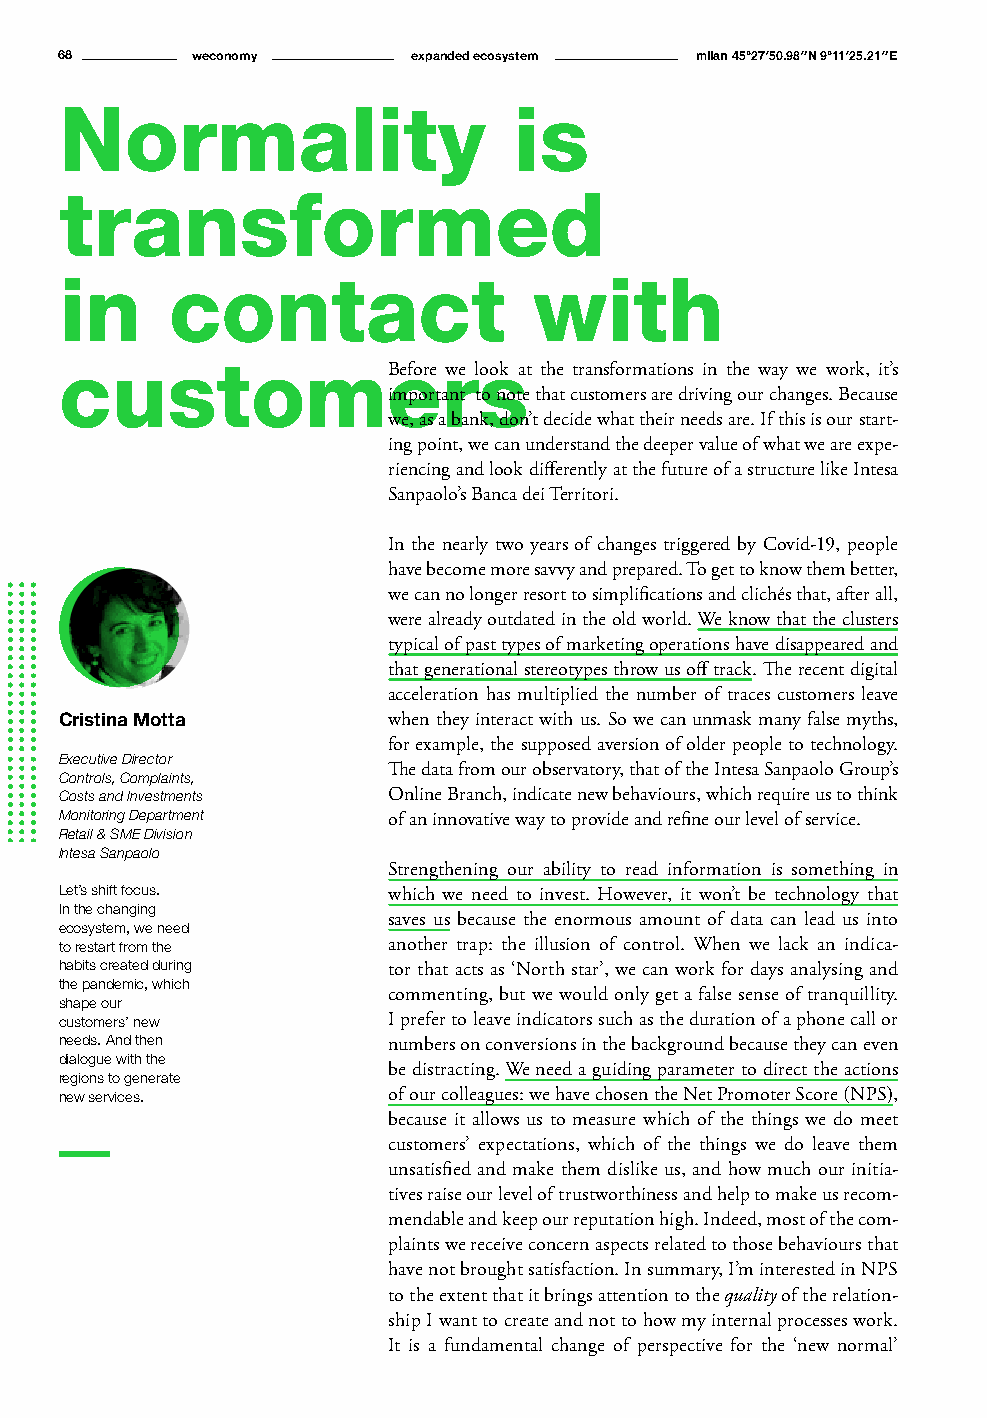
68       weconomy      expanded ecosystem milan 45°27′50.98″N 9°11′25.21″E
 Normality                     is
 transformed
 in     contact                 with
 customeBefore            rwe lsook at the transformations in the way we work, it’s
 important to note that customers are driving our changes. Because
 we, as a bank, don’t decide what their needs are. If this is our start-
 ing point, we can understand the deeper value of what we are expe-
 riencing and look differently at the future of a structure like Intesa
 Sanpaolo’s Banca dei Territori.
 In the nearly two years of changes triggered by Covid-19, people
 have become more savvy and prepared. To get to know them better,
 we can no longer resort to simplifications and clichés that, after all,
 were already outdated in the old world. We know that the clusters
 typical of past types of marketing operations have disappeared and
 that generational stereotypes throw us off track. The recent digital
 acceleration has multiplied the number of traces customers leave
 Cristina Motta        when they interact with us. So we can unmask many false myths,
 for example, the supposed aversion of older people to technology.
 Executive Director
 The data from our observatory, that of the Intesa Sanpaolo Group’s
 Controls, Complaints,
 Costs and Investments Online Branch, indicate new behaviours, which require us to think
 Monitoring Department of an innovative way to provide and refine our level of service.
 Retail & SME Division
 Intesa Sanpaolo
 Strengthening our ability to read information is something in
 Let’s shift focus.    which we need to invest. However, it won’t be technology that
 In the changing
 saves us because the enormous amount of data can lead us into
 ecosystem, we need
 to restart from the   another trap: the illusion of control. When we lack an indica-
 habits created during tor that acts as ‘North star’, we can work for days analysing and
 the pandemic, which
 commenting, but we would only get a false sense of tranquillity.
 shape our
 customers’ new        I prefer to leave indicators such as the duration of a phone call or
 needs. And then       numbers on conversions in the background because they can even
 dialogue with the
 be distracting. We need a guiding parameter to direct the actions
 regions to generate
 new services.         of our colleagues: we have chosen the Net Promoter Score (NPS),
 because it allows us to measure which of the things we do meet
 customers’ expectations, which of the things we do leave them
 unsatisfied and make them dislike us, and how much our initia-
 tives raise our level of trustworthiness and help to make us recom-
 mendable and keep our reputation high. Indeed, most of the com-
 plaints we receive concern aspects related to those behaviours that
 have not brought satisfaction. In summary, I’m interested in NPS
 to the extent that it brings attention to the quality of the relation-
 ship I want to create and not to how my internal processes work.
 It is a fundamental change of perspective for the ‘new normal’